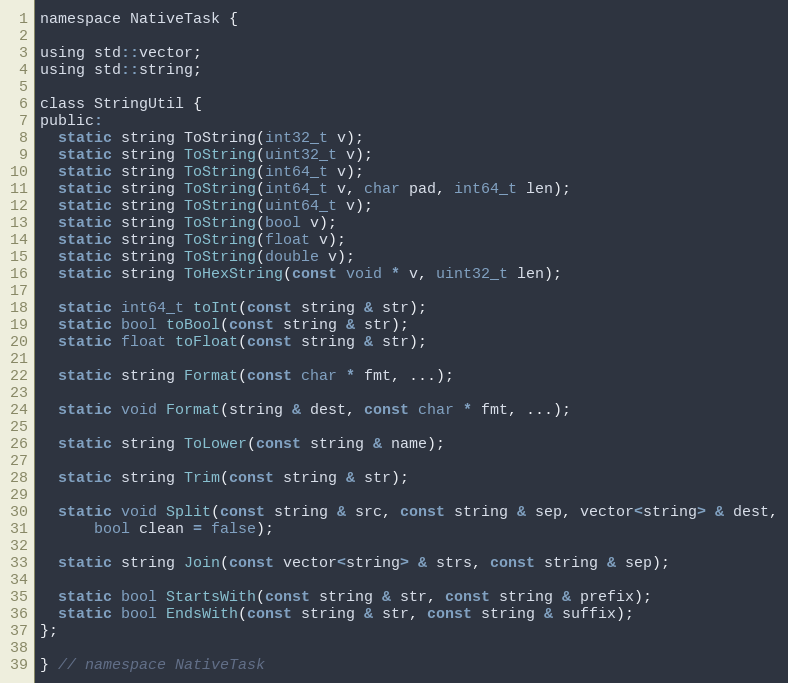
Language: C
namespace NativeTask {

using std::vector;
using std::string;

class StringUtil {
public:
  static string ToString(int32_t v);
  static string ToString(uint32_t v);
  static string ToString(int64_t v);
  static string ToString(int64_t v, char pad, int64_t len);
  static string ToString(uint64_t v);
  static string ToString(bool v);
  static string ToString(float v);
  static string ToString(double v);
  static string ToHexString(const void * v, uint32_t len);

  static int64_t toInt(const string & str);
  static bool toBool(const string & str);
  static float toFloat(const string & str);

  static string Format(const char * fmt, ...);

  static void Format(string & dest, const char * fmt, ...);

  static string ToLower(const string & name);

  static string Trim(const string & str);

  static void Split(const string & src, const string & sep, vector<string> & dest,
      bool clean = false);

  static string Join(const vector<string> & strs, const string & sep);

  static bool StartsWith(const string & str, const string & prefix);
  static bool EndsWith(const string & str, const string & suffix);
};

} // namespace NativeTask